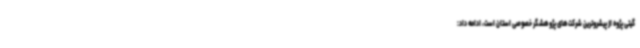
گیتی پژوه از پیشروترین شرکت‌های پژوهشگر خصوصی استان است، ادامه داد: